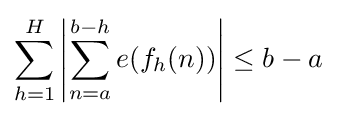
\sum _{h=1}^{H}\left\vert {\sum _{n=a}^{b-h}e(f_{h}(n))}\right\vert \leq b-a\